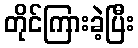
တိုင်ကြားခဲ့ပြီး